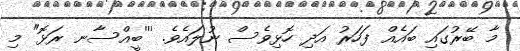
މާ ބޭރުގައި ބައެއް ފަހަރު އަދި ހޮޅިވެސް ނުލައެވެ. '''ބީއްސާނ ރަޅޮ" މި